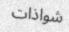
شواذات